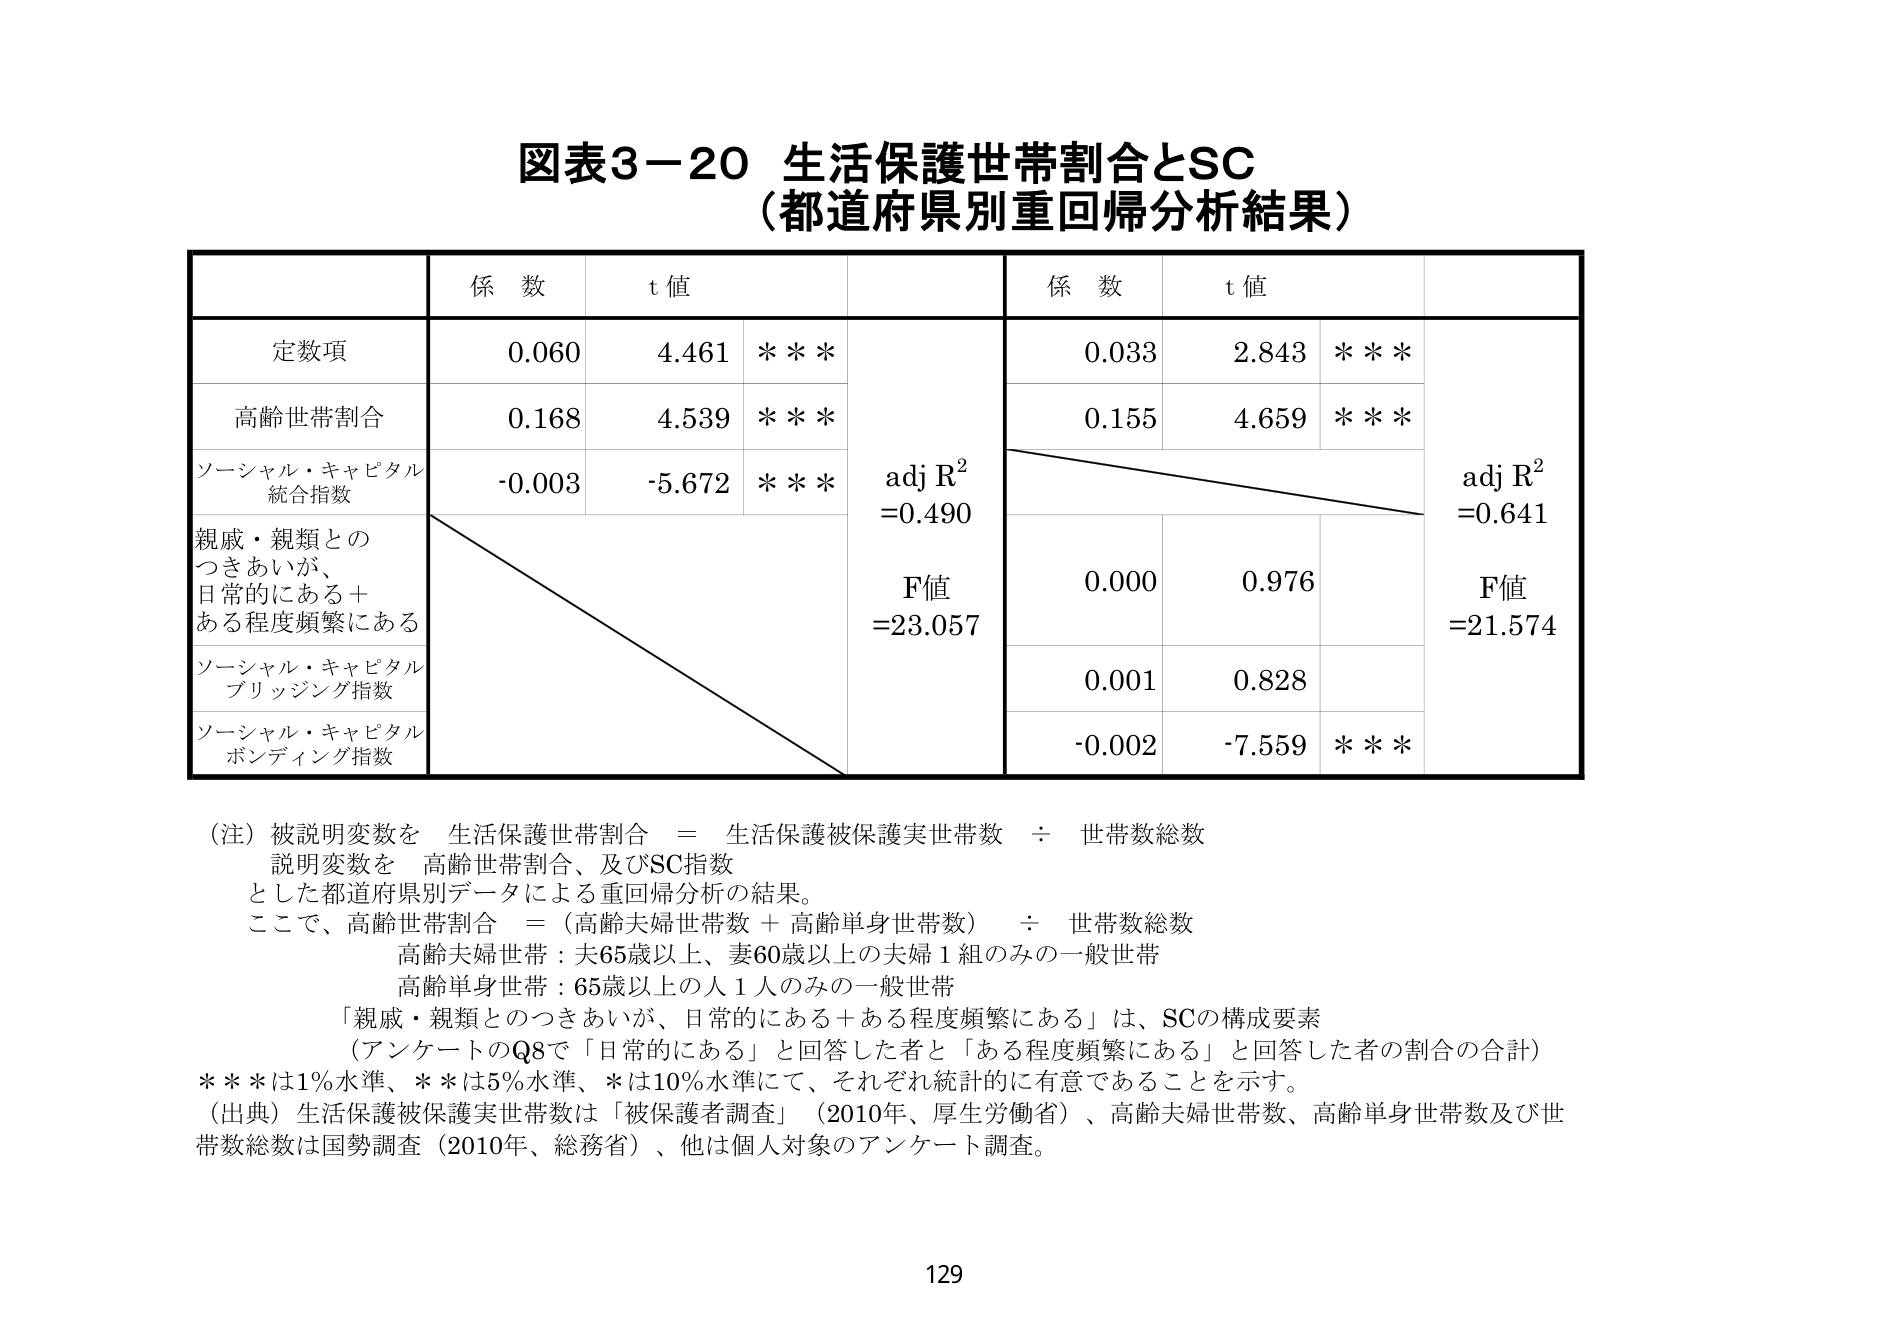
図表3－20 生活保護世帯割合とSC
（都道府県別重回帰分析結果）

| | 係数 | t 値 | | 係数 | t 値 | |
|---|---|---|---|---|---|---|
| 定数項 | 0.060 | 4.461 | ＊＊＊ | 0.033 | 2.843 | ＊＊＊ |
| 高齢世帯割合 | 0.168 | 4.539 | ＊＊＊ | 0.155 | 4.659 | ＊＊＊ |
| ソーシャル・キャピタル<br>統合指数 | -0.003 | -5.672 | ＊＊＊ | | | |
| 親戚・親類との<br>つきあいが、<br>日常的にある＋<br>ある程度頻繁にある | | | | 0.000 | 0.976 | |
| ソーシャル・キャピタル<br>ブリッジング指数 | | | | 0.001 | 0.828 | |
| ソーシャル・キャピタル<br>ボンディング指数 | | | | -0.002 | -7.559 | ＊＊＊ |

adj R² =0.490
F値 =23.057

adj R² =0.641
F値 =21.574

（注）被説明変数を　生活保護世帯割合　＝　生活保護被保護実世帯数　÷　世帯数総数
　　説明変数を　高齢世帯割合、及びSC指数
　　とした都道府県別データによる重回帰分析の結果。
　　ここで、高齢世帯割合　＝（高齢夫婦世帯数＋高齢単身世帯数）　÷　世帯数総数
　　　　　　高齢夫婦世帯：夫65歳以上、妻60歳以上の夫婦１組のみの一般世帯
　　　　　　高齢単身世帯：65歳以上の人１人のみの一般世帯
　　「親戚・親類とのつきあいが、日常的にある＋ある程度頻繁にある」は、SCの構成要素
　　（アンケートのQ8で「日常的にある」と回答した者と「ある程度頻繁にある」と回答した者の割合の合計）
　　＊＊＊は1％水準、＊＊は5％水準、＊は10％水準にて、それぞれ統計的に有意であることを示す。
（出典）生活保護被保護実世帯数は「被保護者調査」（2010年、厚生労働省）、高齢夫婦世帯数、高齢単身世帯数及び世帯数総数は国勢調査（2010年、総務省）、他は個人対象のアンケート調査。

129